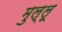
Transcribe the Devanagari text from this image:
मुल्लू